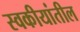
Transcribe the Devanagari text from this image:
स्वकीयांतील